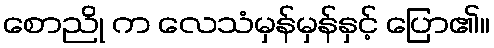
စောညို က လေသံမှန်မှန်နှင့် ပြော၏။